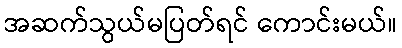
အဆက်သွယ်မပြတ်ရင် ကောင်းမယ်။